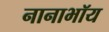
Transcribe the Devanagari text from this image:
नानाभॉय